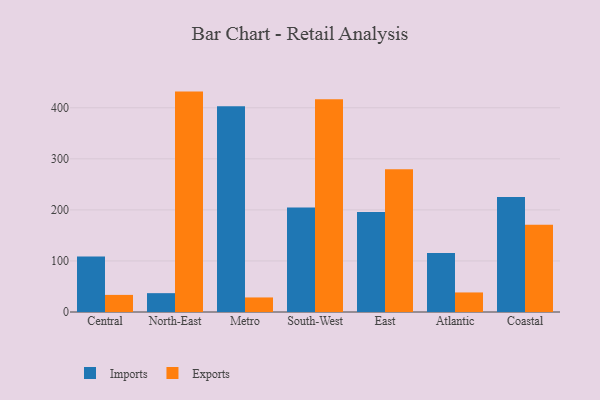
{"axis": {"x": "Region", "y": "Tickets Resolved"}, "legend": ["Exports", "Imports"], "data": [{"x": "Central", "y": 108.8, "type": "Imports"}, {"x": "Central", "y": 33.5, "type": "Exports"}, {"x": "North-East", "y": 36.9, "type": "Imports"}, {"x": "North-East", "y": 431.7, "type": "Exports"}, {"x": "Metro", "y": 402.9, "type": "Imports"}, {"x": "Metro", "y": 28.5, "type": "Exports"}, {"x": "South-West", "y": 204.5, "type": "Imports"}, {"x": "South-West", "y": 416.7, "type": "Exports"}, {"x": "East", "y": 196.1, "type": "Imports"}, {"x": "East", "y": 279.8, "type": "Exports"}, {"x": "Atlantic", "y": 115.7, "type": "Imports"}, {"x": "Atlantic", "y": 38.3, "type": "Exports"}, {"x": "Coastal", "y": 225.2, "type": "Imports"}, {"x": "Coastal", "y": 170.9, "type": "Exports"}]}